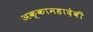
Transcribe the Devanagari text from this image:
अक्कामहादेवी